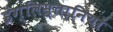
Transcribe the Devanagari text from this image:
इंग्लिस्तानियों